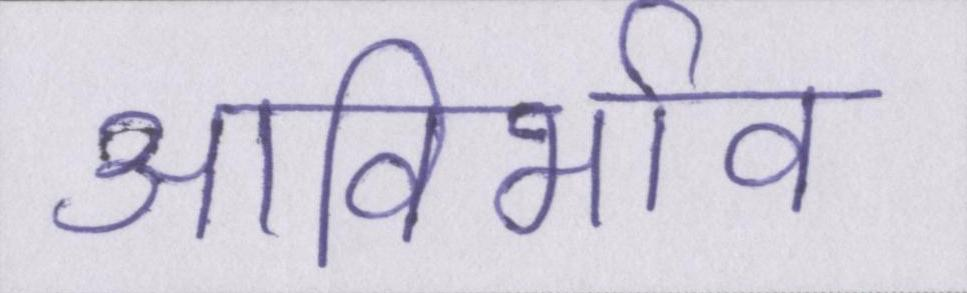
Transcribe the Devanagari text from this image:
आविर्भाव